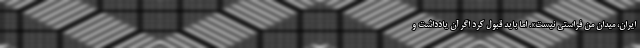
ایران، میدان منِ فراستی نیست». اما باید قبول کرد اگر آن یادداشت و